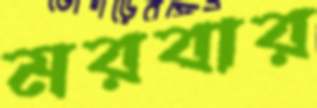
মরবার